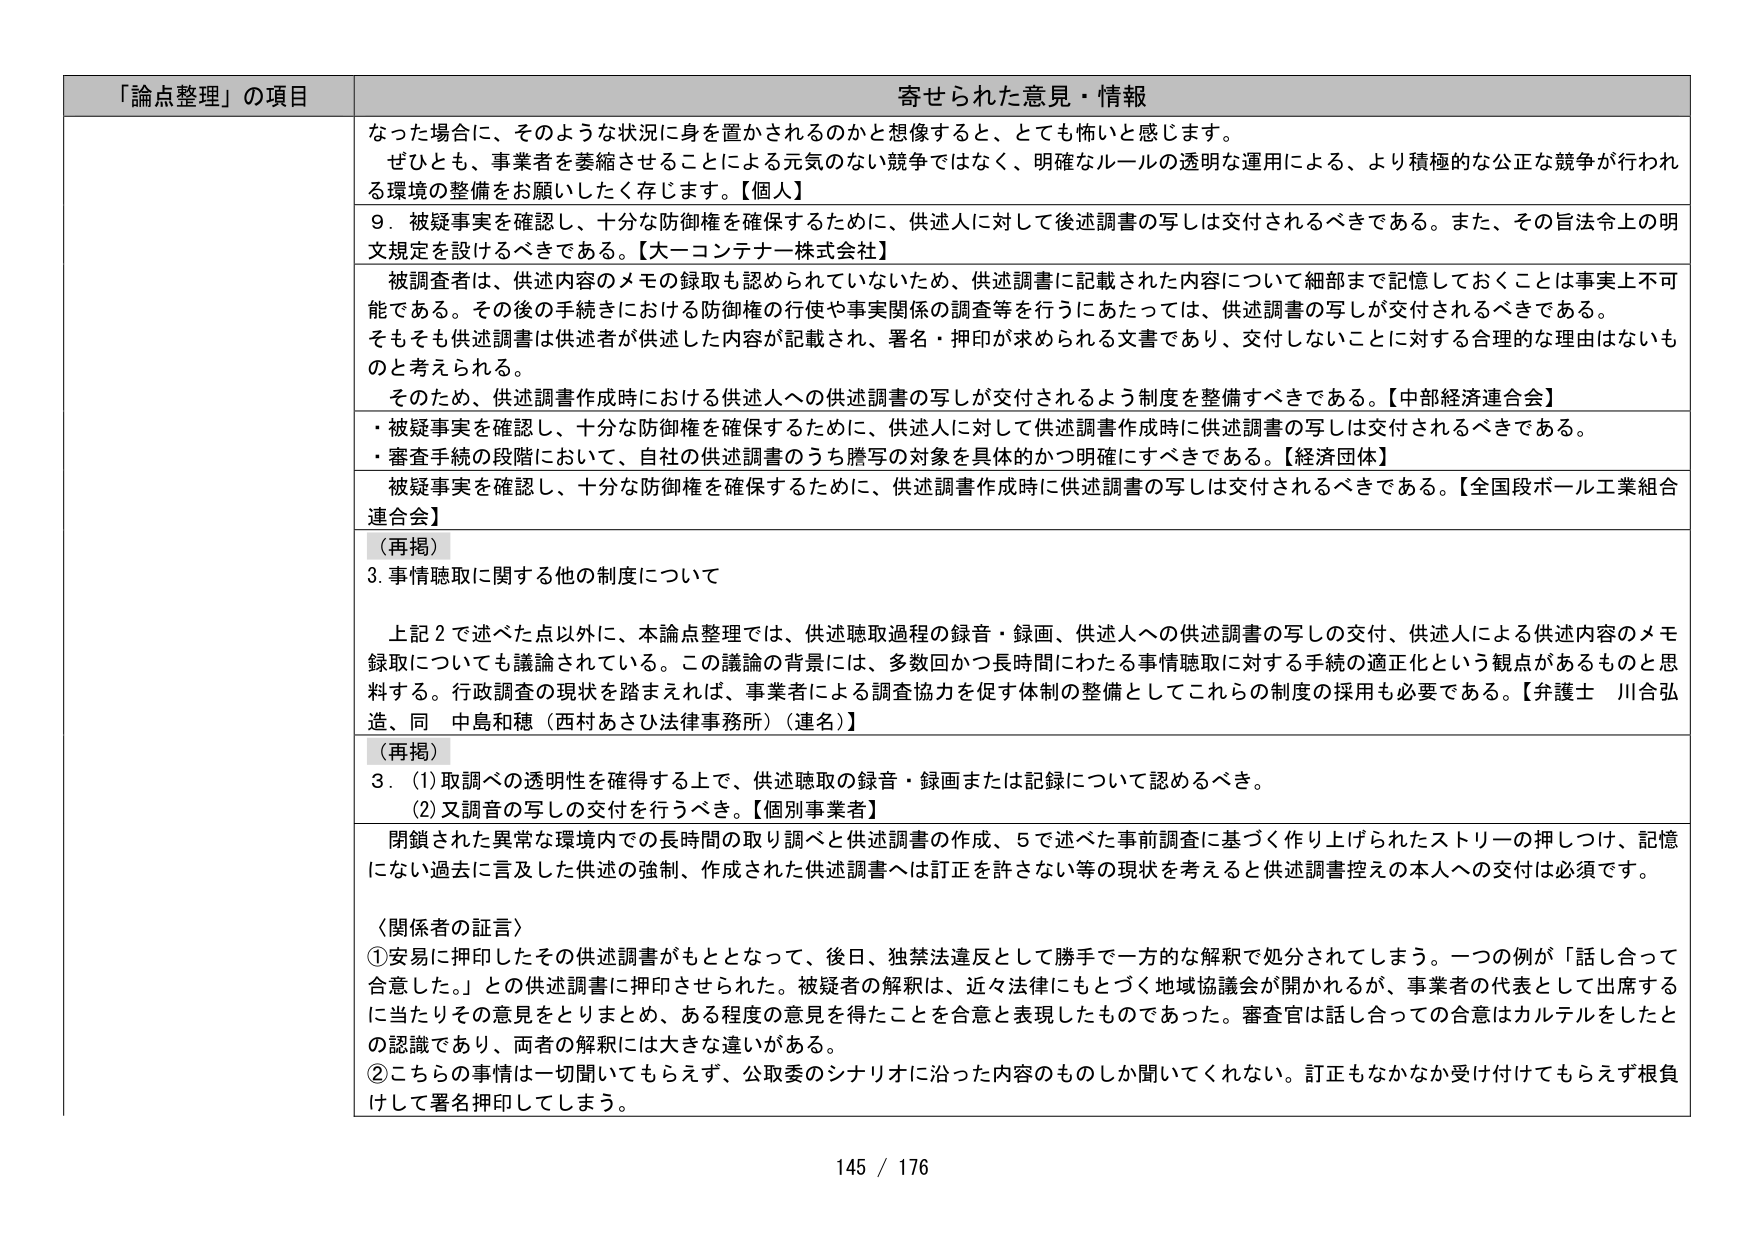
「論点整理」の項目 寄せられた意見・情報
なった場合に、そのような状況に身を置かされるのかと想像すると、とても怖いと感じます。
ぜひとも、事業者を萎縮させることによる元気のない競争ではなく、明確なルールの透明な運用による、より積極的な公正な競争が行われる環境の整備をお願いしたく存じます。【個人】
9．被疑事実を確認し、十分な防御権を確保するために、供述人に対して後述調書の写しは交付されるべきである。また、その旨法令上の明文規定を設けるべきである。【大一コンテナ株式会社】
被調査者は、供述内容のメモの録取も認められていないため、供述調書に記載された内容について細部まで記憶しておくことは事実上不可能である。その後の手続きにおける防御権の行使や事実関係の調査等を行うにあたっては、供述調書の写しが交付されるべきである。
そもそも供述調書は供述者が供述した内容が記載され、署名・押印が求められる文書であり、交付しないことに対する合理的な理由はないものと考えられる。
そのため、供述調書作成時における供述人への供述調書の写しが交付されるよう制度を整備すべきである。【中部経済連合会】
・被疑事実を確認し、十分な防御権を確保するために、供述人に対して供述調書作成時に供述調書の写しは交付されるべきである。
・審査手続の段階において、自社の供述調書のうち謄写の対象を具体的かつ明確にすべきである。【経済団体】
被疑事実を確認し、十分な防御権を確保するために、供述調書作成時に供述調書の写しは交付されるべきである。【全国段ボール工業組合連合会】
（再掲）
3. 事情聴取に関する他の制度について
上記2で述べた点以外に、本論点整理では、供述聴取過程の録音・録画、供述人への供述調書の写しの交付、供述人による供述内容のメモ録取についても議論されている。この議論の背景には、多数回かつ長時間にわたる事情聴取に対する手続の適正化という観点があるものと思料する。行政調査の現状を踏まえれば、事業者による調査協力を促す体制の整備としてこれらの制度の採用も必要である。【弁護士 川合弘造、同 中島和穂（西村あさひ法律事務所）（連名）】
（再掲）
3．(1) 取調べの透明性を確保する上で、供述聴取の録音・録画または記録について認めるべき。
(2) 又調音の写しの交付を行うべき。【個別事業者】
閉鎖された異常な環境内での長時間の取り調べと供述調書の作成、5で述べた事前調査に基づく作り上げられたストーリーの押しつけ、記憶にない過去に言及した供述の強制、作成された供述調書へは訂正を許さない等の現状を考えると供述調書控えの本人への交付は必須です。
〈関係者の証言〉
①安易に押印したその供述調書がもととなって、後日、独禁法違反として勝手で一方的な解釈で処分されてしまう。一つの例が「話し合って合意した。」との供述調書に押印させられた。被疑者の解釈は、近々法律にもとづく地域協議会が開かれるが、事業者の代表として出席するに当たりその意思をとりまとめ、ある程度の意見を得たことを合意と表現したものであった。審査官は話し合っての合意はカルテルをしたとの認識であり、両者の解釈には大きな違いがある。
②こちらの事情は一切聞いてもらえず、公取委のシナリオに沿った内容のものしか聞いてくれない。訂正もなかなか受け付けてもらえず根負けして署名押印してしまう。
145 / 176